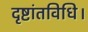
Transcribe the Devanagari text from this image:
दृष्टांतविधि।